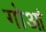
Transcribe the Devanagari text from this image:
गोआं